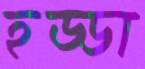
হড্ডা